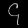
Digit: ၄